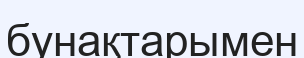
бунақтарымен